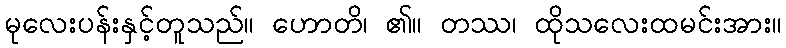
မုလေးပန်းနှင့်တူသည်။ ဟောတိ၊ ၏။ တဿ၊ ထိုသလေးထမင်းအား။